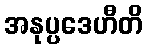
အနုပ္ပဒေဟီတိ